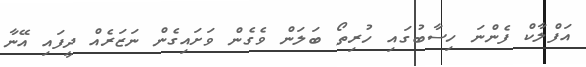
އަފްލާކް ފެންނަ ހިސާބުގައި ހުރިތޯ ބަލަން ވެގެން ވަށައިގެން ނަޒަރެއް ދީފައި އޭނާ